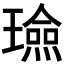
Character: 𭺈